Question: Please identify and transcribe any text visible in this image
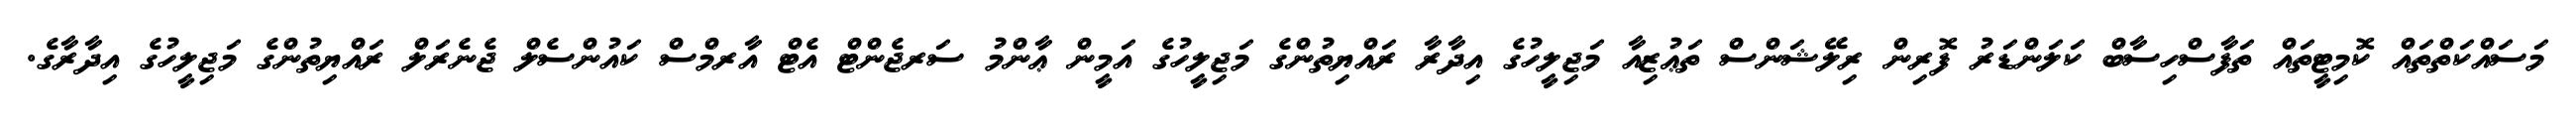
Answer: މަސައްކަތްތައް ކޮމިޓީތައް ތަފާސްހިސާބް ކަލަންޑަރު ފޮރިން ރިލޭޝަންސް ތަޢުޒިއާ މަޖިލީހުގެ އިދާރާ ރައްޔިތުންގެ މަޖިލީހުގެ އަމީން ޢާންމު ސަރޖެންޓް އެޓް އާރމްސް ކައުންސެލް ޖެނެރަލް ރައްޔިތުންގެ މަޖިލީހުގެ އިދާރާގެ.